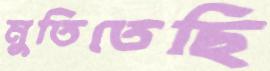
মুতিতেছি